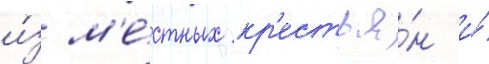
и́з м'е́стных кр'естья́н и́